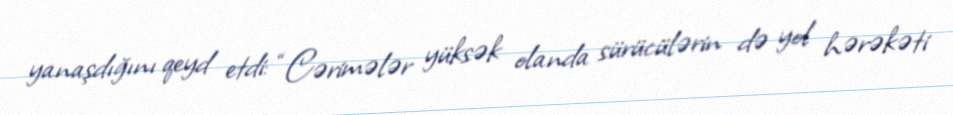
yanaşdığını qeyd etdi: “Cərimələr yüksək olanda sürücülərin də yol hərəkəti